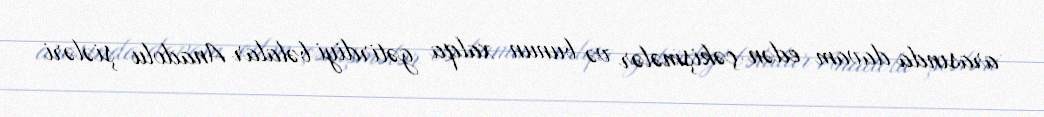
arasında davam edən çəkişmələr və bunun xalqa gətirdiyi bəlalar Anadolu şiələri